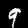
Label: 9